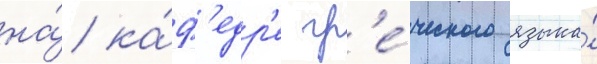
на́ ка́ф'едр'е гр'е́ческого языка́